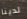
لدينا